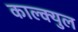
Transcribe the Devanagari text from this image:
काल्क्युल